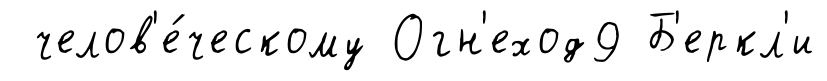
челов'е́ческому Огн'еход9 Б'еркл'и